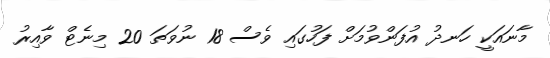
މާނައަކީ ހަނދު އުފަންވުމަށް ފަހުގައި ވެސް 18 ނުވަތަ 20 މިނެޓް ވާއިރު